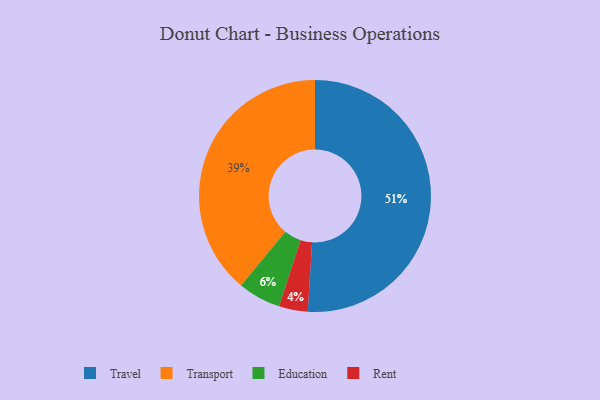
{"axis": {"x": "Category", "y": "Percentage"}, "legend": ["Education", "Rent", "Transport", "Travel"], "data": [{"x": "Travel", "y": 51, "type": "Travel"}, {"x": "Education", "y": 6, "type": "Education"}, {"x": "Transport", "y": 39, "type": "Transport"}, {"x": "Rent", "y": 4, "type": "Rent"}]}